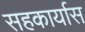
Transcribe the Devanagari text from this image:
सहकार्यास